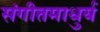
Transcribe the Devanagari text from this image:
संगीतमाधुर्य